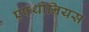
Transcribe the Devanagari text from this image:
एफ्थोनियस